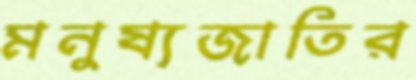
মনুষ্যজাতির